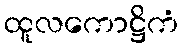
ထူလကောဋ္ဌိကံ